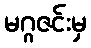
မဂ္ဂဇင်းမှ